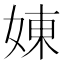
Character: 娻